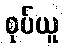
စုပ်ယူ